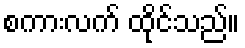
စကားလက် ထိုင်သည်။